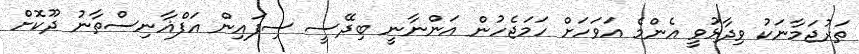
ތަރުޖަމާނަކު ވިދާޅުވީ އެންމެ އަވަހަށް ހަމަޖެހުން އަންނާނީ ބިދޭސީ ސިފައިން އަފްޣާނިސްތާނު ދޫކޮށް